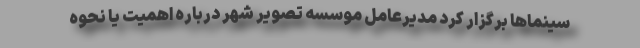
سینماها برگزار کرد مدیرعامل موسسه تصویر شهر درباره اهمیت یا نحوه